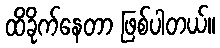
ထိခိုက်နေတာ ဖြစ်ပါတယ်။